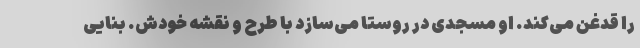
را قدغن می‌کند. او مسجدی در روستا می‌سازد با طرح و نقشه خودش. بنایی